Indian journal of veterinary science and animal husbandry - Volume 8,
Year: 1938
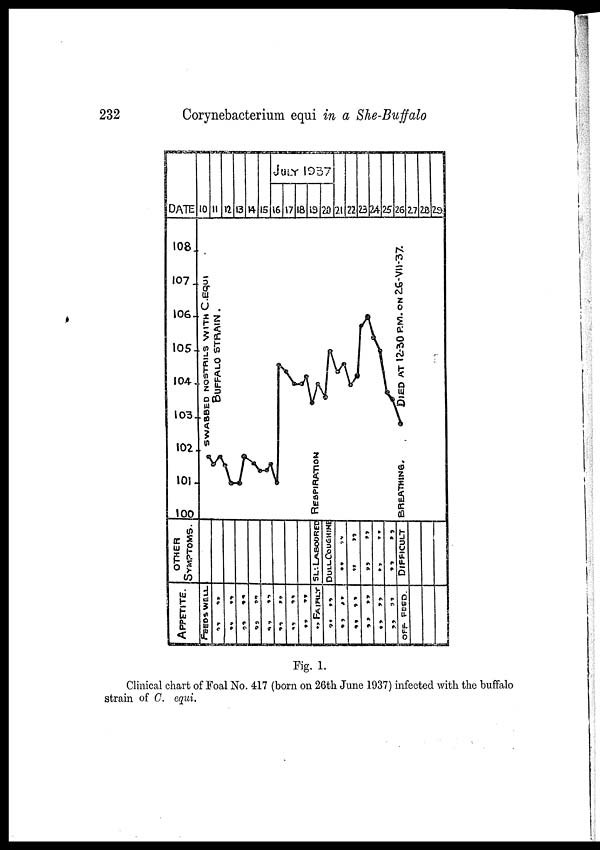
232
Corynebacterium equi in a She-Buffalo
Fig. 1.
Clinical chart of Foal No. 417 (born on 26th June 1937) infected with the buffalo
strain of C. equi.